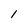
Character: 1